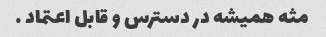
مثه همیشه در دسترس و قابل اعتماد …